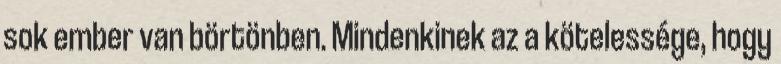
sok ember van börtönben. Mindenkinek az a kötelessége, hogy